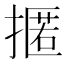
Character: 𢴚